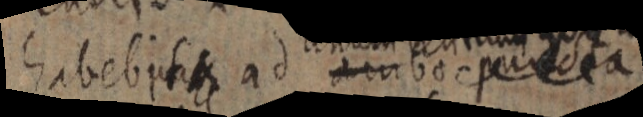
habebi _ ad ambo puncta